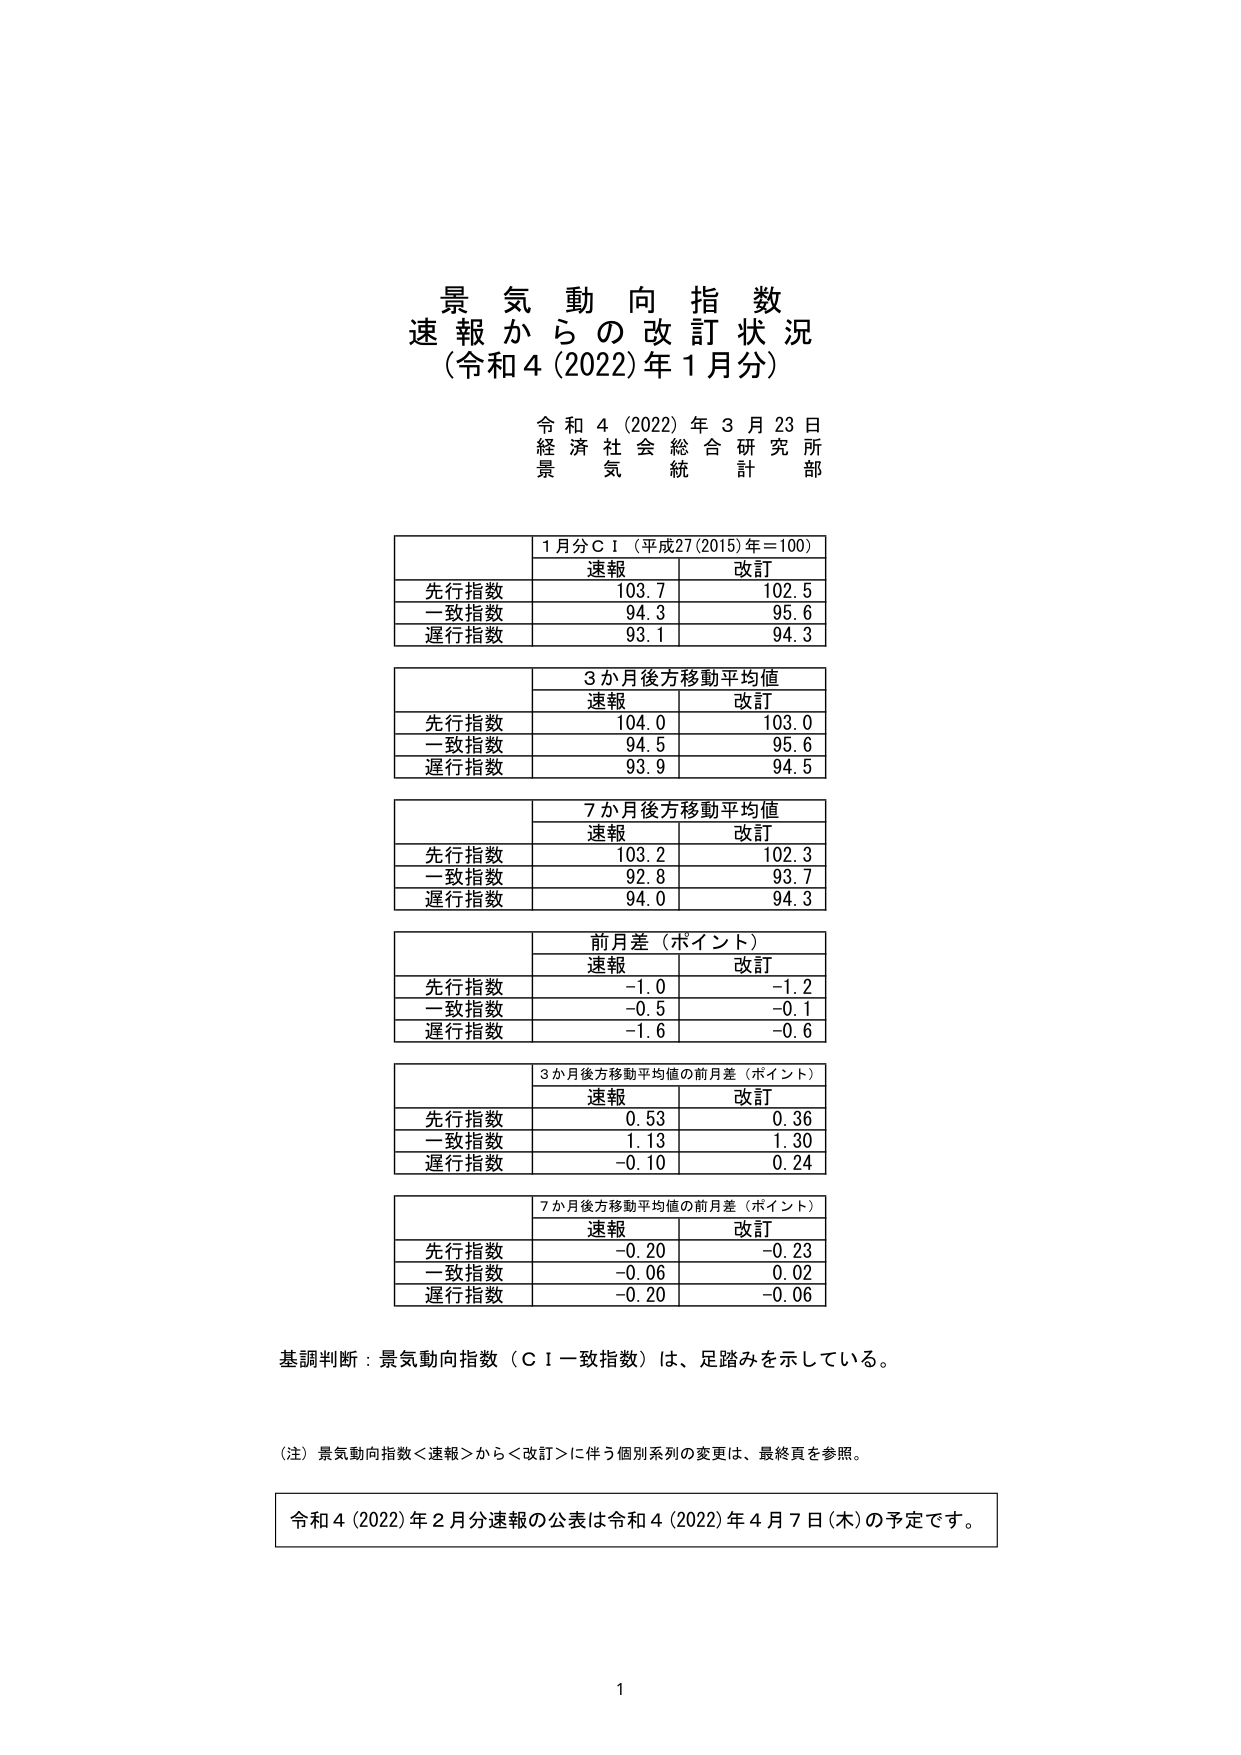
景気動向指数
速報からの改訂状況
（令和4（2022）年1月分）

令和4（2022）年3月23日
経済社会総合研究所
景気統計部

1月分ＣＩ（平成27（2015）年＝100）
　　　　速報　　　改訂
先行指数　103.7　　102.5
一致指数　94.3　　95.6
遅行指数　93.1　　94.3

3か月後方移動平均値
　　　　速報　　　改訂
先行指数　104.0　　103.0
一致指数　94.5　　95.6
遅行指数　93.9　　94.5

7か月後方移動平均値
　　　　速報　　　改訂
先行指数　103.2　　102.3
一致指数　92.8　　93.7
遅行指数　94.0　　94.3

前月差（ポイント）
　　　　速報　　　改訂
先行指数　-1.0　　-1.2
一致指数　-0.5　　-0.1
遅行指数　-1.6　　-0.6

3か月後方移動平均値の前月差（ポイント）
　　　　速報　　　改訂
先行指数　0.53　　0.36
一致指数　1.13　　1.30
遅行指数　-0.10　　0.24

7か月後方移動平均値の前月差（ポイント）
　　　　速報　　　改訂
先行指数　-0.20　　-0.23
一致指数　-0.06　　0.02
遅行指数　-0.20　　-0.06

基調判断：景気動向指数（ＣＩ一致指数）は、足踏みを示している。

（注）景気動向指数＜速報＞から＜改訂＞に伴う個別系列の変更は、最終頁を参照。

令和4（2022）年2月分速報の公表は令和4（2022）年4月7日（木）の予定です。

1